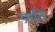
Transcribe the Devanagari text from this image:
प्रगति